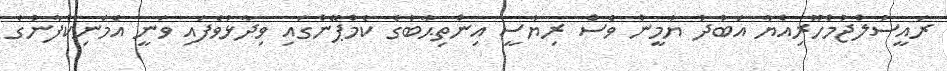
ރައީސުލްޖުމްހޫރިއްޔާ އަބުދު ޔާމީން ވެސް ރިޔާސީ އިންތިޙާބުގެ ކެމްޕޭންގައި ވިދާޅުވެފައި ވަނީ އެމަނިކުފާނުގެ